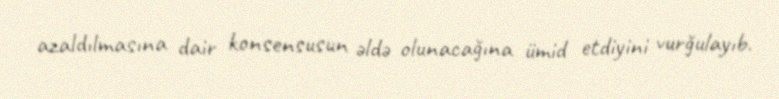
azaldılmasına dair konsensusun əldə olunacağına ümid etdiyini vurğulayıb.